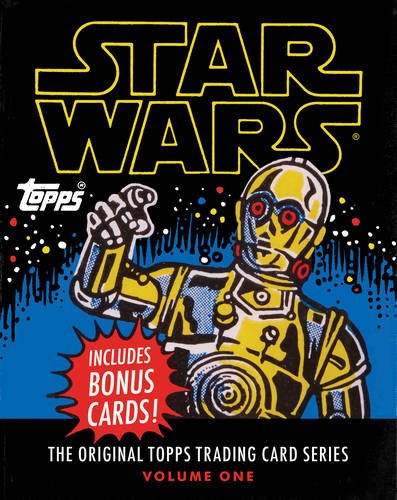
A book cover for Star Wars: The Original Topps Trading Card Series, Volume One; The Topps Company; Science Fiction & Fantasy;